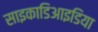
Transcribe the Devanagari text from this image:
साइकाडिआइडिया